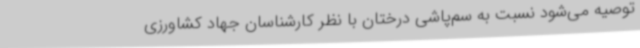
توصیه می‌شود نسبت به سم‌پاشی درختان با نظر کارشناسان جهاد کشاورزی